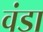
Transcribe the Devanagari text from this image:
वंडा